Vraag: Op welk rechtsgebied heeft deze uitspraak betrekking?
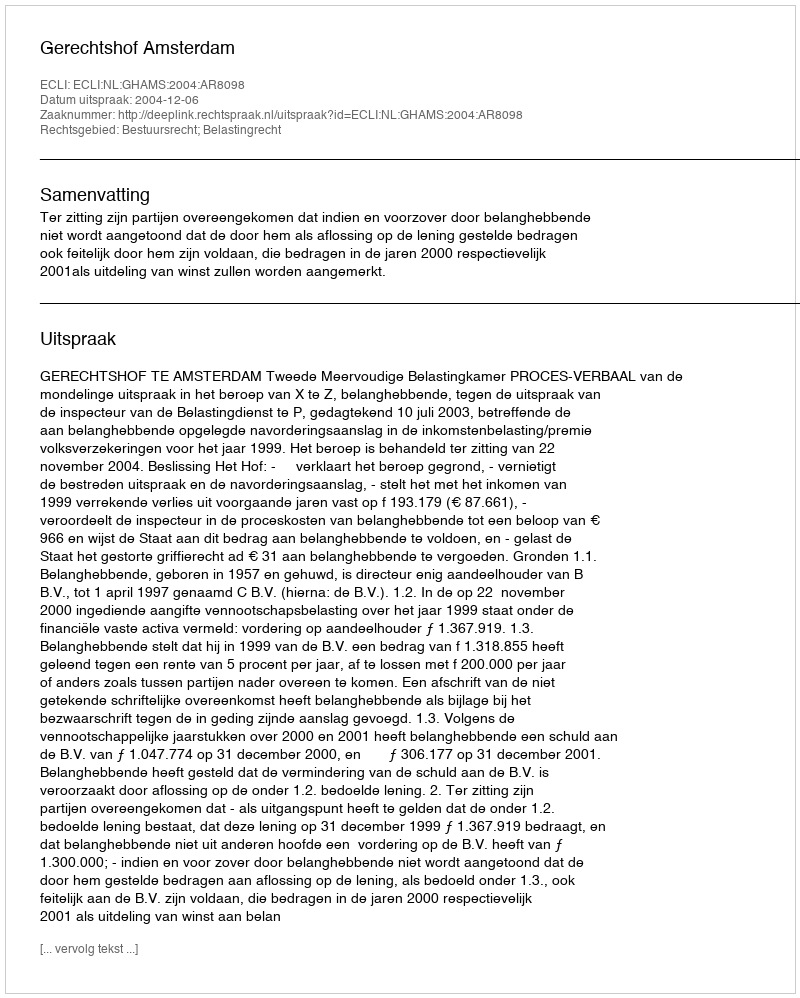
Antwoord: Bestuursrecht; Belastingrecht